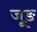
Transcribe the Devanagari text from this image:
जूङ